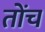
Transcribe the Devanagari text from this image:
तोंच